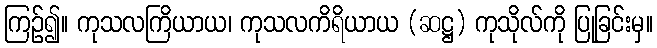
ကြဉ်၍။ ကုသလကြိယာယ၊ ကုသလကိရိယာယ (ဆဋ္ဌ) ကုသိုလ်ကို ပြုခြင်းမှ။